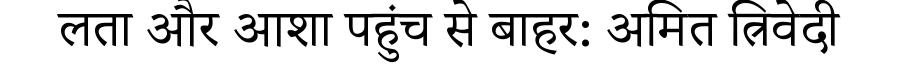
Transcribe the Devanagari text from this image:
लता और आशा पहुंच से बाहर: अमित त्रिवेदी